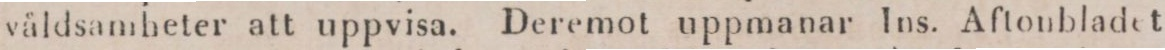
våldsamheter att uppvisa. Deremot uppmanar Ins. Aftonbladet